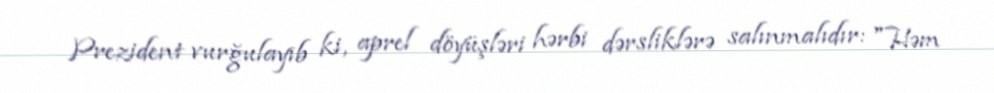
Prezident vurğulayıb ki, aprel döyüşləri hərbi dərsliklərə salınmalıdır: "Həm